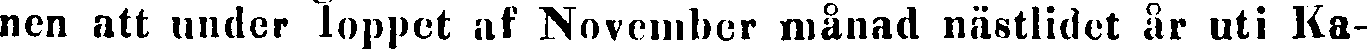
nen att under loppet af November månad nästlidet år uti Ka-